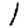
Digit: 1